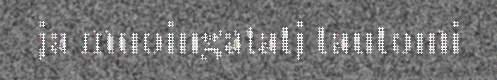
ja muoingatatj tautomi